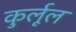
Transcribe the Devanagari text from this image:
कुर्लूल